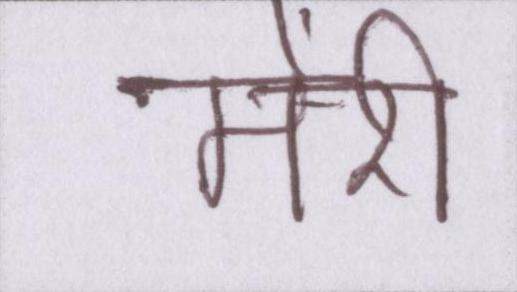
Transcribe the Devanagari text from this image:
मेंरी